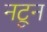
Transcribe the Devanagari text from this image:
नटून